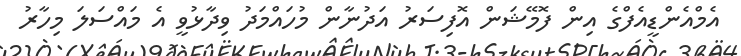
އެމްއެންޑީއެފްގެ އިން ފޮމޭޝަން އޮފިސަރު އަދުނާން މުހައްމަދު ވިދާޅުވީ އެ މައްސަލަ މިހާރު